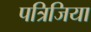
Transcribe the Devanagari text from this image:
पत्रिजिया